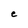
Character: e